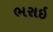
ભરાઇ